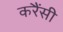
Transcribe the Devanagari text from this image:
करैंसी